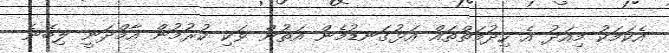
އެކަމަކު މިއަދު އެ ހިދުމަތްތައް އަޅުގަނޑުމެން އަތުން ވަކި ކުރުމުން އާމްދަނީ ލިބޭނެ